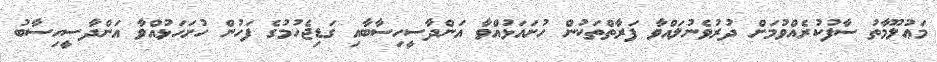
މަޢުލޫމާތު ސާފުކުރެއްވުމަށް ދުރުވެނުލައްވާ ފަރާތްތަކުން ހުށައަޅުއްވާ އަންދާސީހިސާބާއި ގަޑިޖެހުމުގެ ފަހުން ހުށަހަޅުއްވާ އަންދާސީހިސާބު